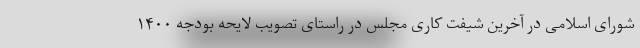
شورای اسلامی در آخرین شیفت کاری مجلس در راستای تصویب لایحه بودجه ۱۴۰۰